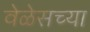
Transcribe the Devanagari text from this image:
वेळेसच्या